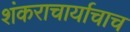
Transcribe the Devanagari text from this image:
शंकराचार्याचाच